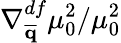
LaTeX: \nabla_{\overline{{\mathbf{q}}}}^{df}\mu_{0}^{2}/\mu_{0}^{2}